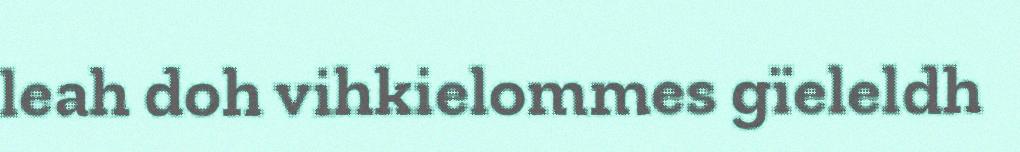
leah doh vihkielommes gïeleldh